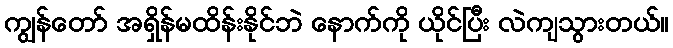
ကျွန်တော် အရှိန်မထိန်းနိုင်ဘဲ နောက်ကို ယိုင်ပြီး လဲကျသွားတယ်။